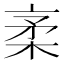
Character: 𰗭